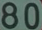
80